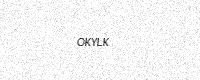
Text: OKYLK